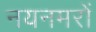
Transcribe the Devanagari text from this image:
नयनमरों